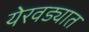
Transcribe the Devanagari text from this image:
येरवड्यात